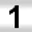
Digit: 1